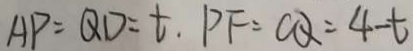
A P = Q D = t , P F = C Q = 4 - t